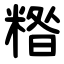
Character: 糌